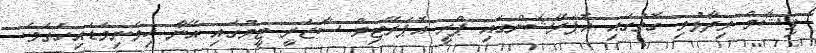
ވިޝާމް ވިދާޅުވި ގޮތުގައި އޮޕަރޭޝަންގައި ޕްރީ އޮޕަރޭޓިވް ސާޖަރީ ޓީމުގައި އޭނާ ހިމެނިވަޑައިގަތެވެ.